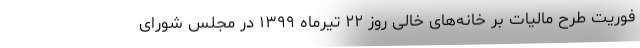
فوریت طرح مالیات بر خانه‌های خالی روز ۲۲ تیرماه ۱۳۹۹ در مجلس شورای